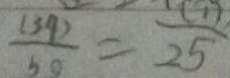
\frac { ( 3 9 ) } { 5 0 } = \frac { ( 1 ) } { 2 5 }